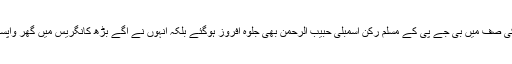
ان موقع پرستوں کی صف میں بی جے پی کے مسلم رکن اسمبلی حبیب الرحمن بھی جلوہ افروز ہوگئے بلکہ انہوں نے آگے بڑھ کانگریس میں گھر واپسی کا اعلان کردیا۔